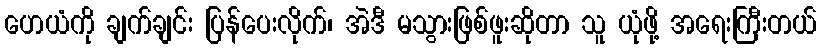
ဟေယံကို ချက်ချင်း ပြန်ပေးလိုက်၊ အဲဒီ မသွားဖြစ်ဖူးဆိုတာ သူ ယုံဖို့ အရေးကြီးတယ်